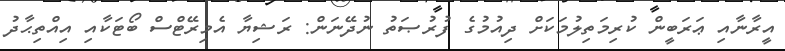
އީރާނާއި ޢަރަބީން ކުރިމަތިލުމަކަށް ދިއުމުގެ ފުރުޞަތު ނުދޭނަން: ރަޝިޔާ އެމިރޭޓްސް ބޯޓަކާއި އިއްތިޙާދު